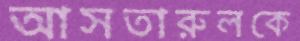
আসতারুলকে